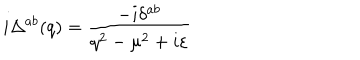
i \Delta ^ { a b } ( q ) = \frac { - i \delta ^ { a b } } { q ^ { 2 } - \mu ^ { 2 } + i \varepsilon }